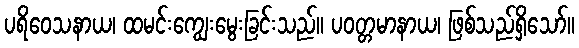
ပရိဝေသနာယ၊ ထမင်းကျွေးမွေးခြင်းသည်။ ပဝတ္တမာနာယ၊ ဖြစ်သည်ရှိသော်။